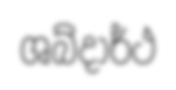
ශබ්දාර්ථ